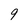
Character: 9